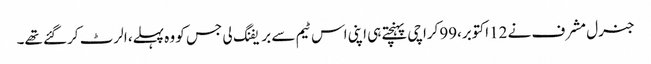
جنرل مشرف نے 12اکتوبر،99کراچی پہنچتے ہی اپنی اس ٹیم سے بریفنگ لی جس کو وہ پہلے، الرٹ کرگئے تھے۔